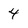
Character: 4